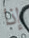
إذا